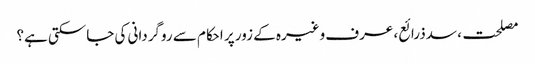
مصلحت، سدذرائع، عرف وغیرہ کے زور پر احکام سے روگردانی کی جاسکتی ہے؟